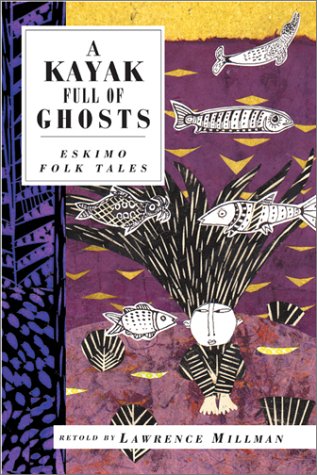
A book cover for A Kayak Full of Ghosts: Eskimo Folk Tales (International Folk Tales); Lawrence Millman; Sports & Outdoors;